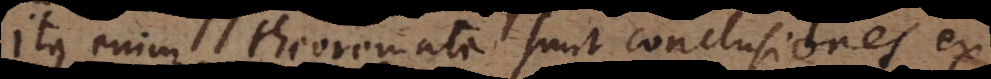
Ita enim theoremata sunt conclusiones ex